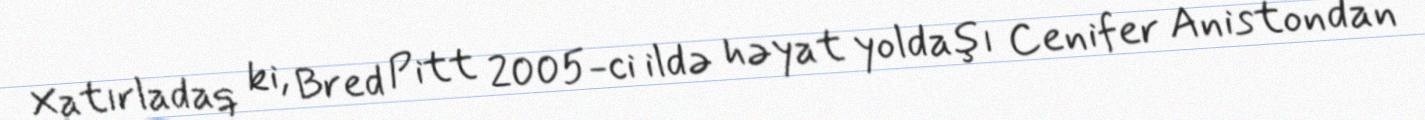
Xatırladaq ki, Bred Pitt 2005-ci ildə həyat yoldaşı Cenifer Anistondan